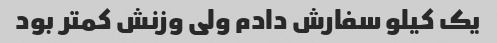
یک کیلو سفارش دادم ولی وزنش کمتر بود